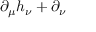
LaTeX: \partial _ { \mu } h _ { \nu } + \partial _ { \nu }